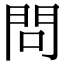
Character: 問